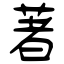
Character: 著